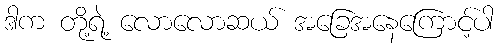
ဒါက တို့ရဲ့ လောလောဆယ် အခြေအနေကြောင့်ပါ